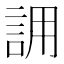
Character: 𮘄